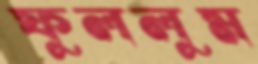
ফুললুম